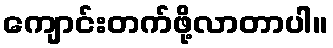
ကျောင်းတက်ဖို့လာတာပါ။